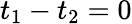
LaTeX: t_{1}-t_{2}=0